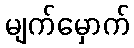
မျက်မှောက်